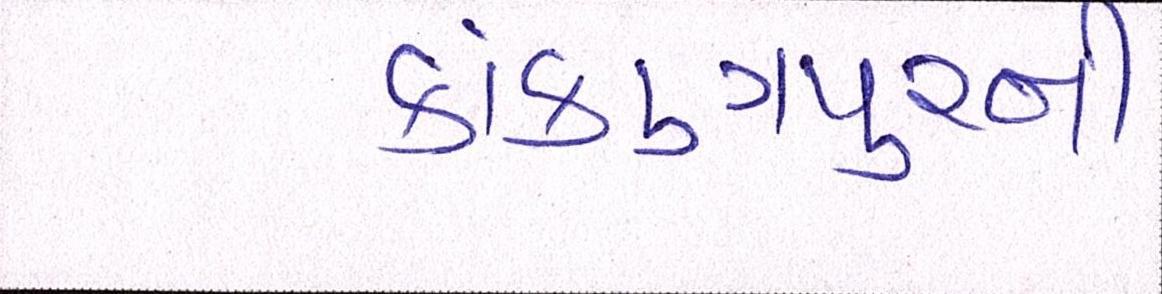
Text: કાંકણપુરની